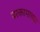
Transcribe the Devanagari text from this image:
घरकामाच्या